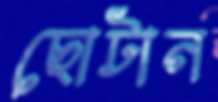
ছোটান